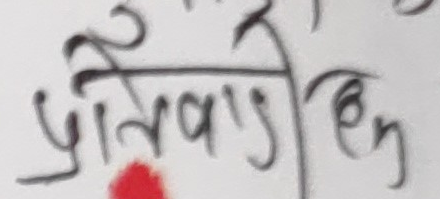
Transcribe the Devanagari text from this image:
प्राईवेटेन